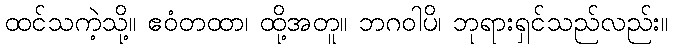
ထင်သကဲ့သို့။ ဧဝံတထာ၊ ထို့အတူ။ ဘဂဝါပိ၊ ဘုရားရှင်သည်လည်း။